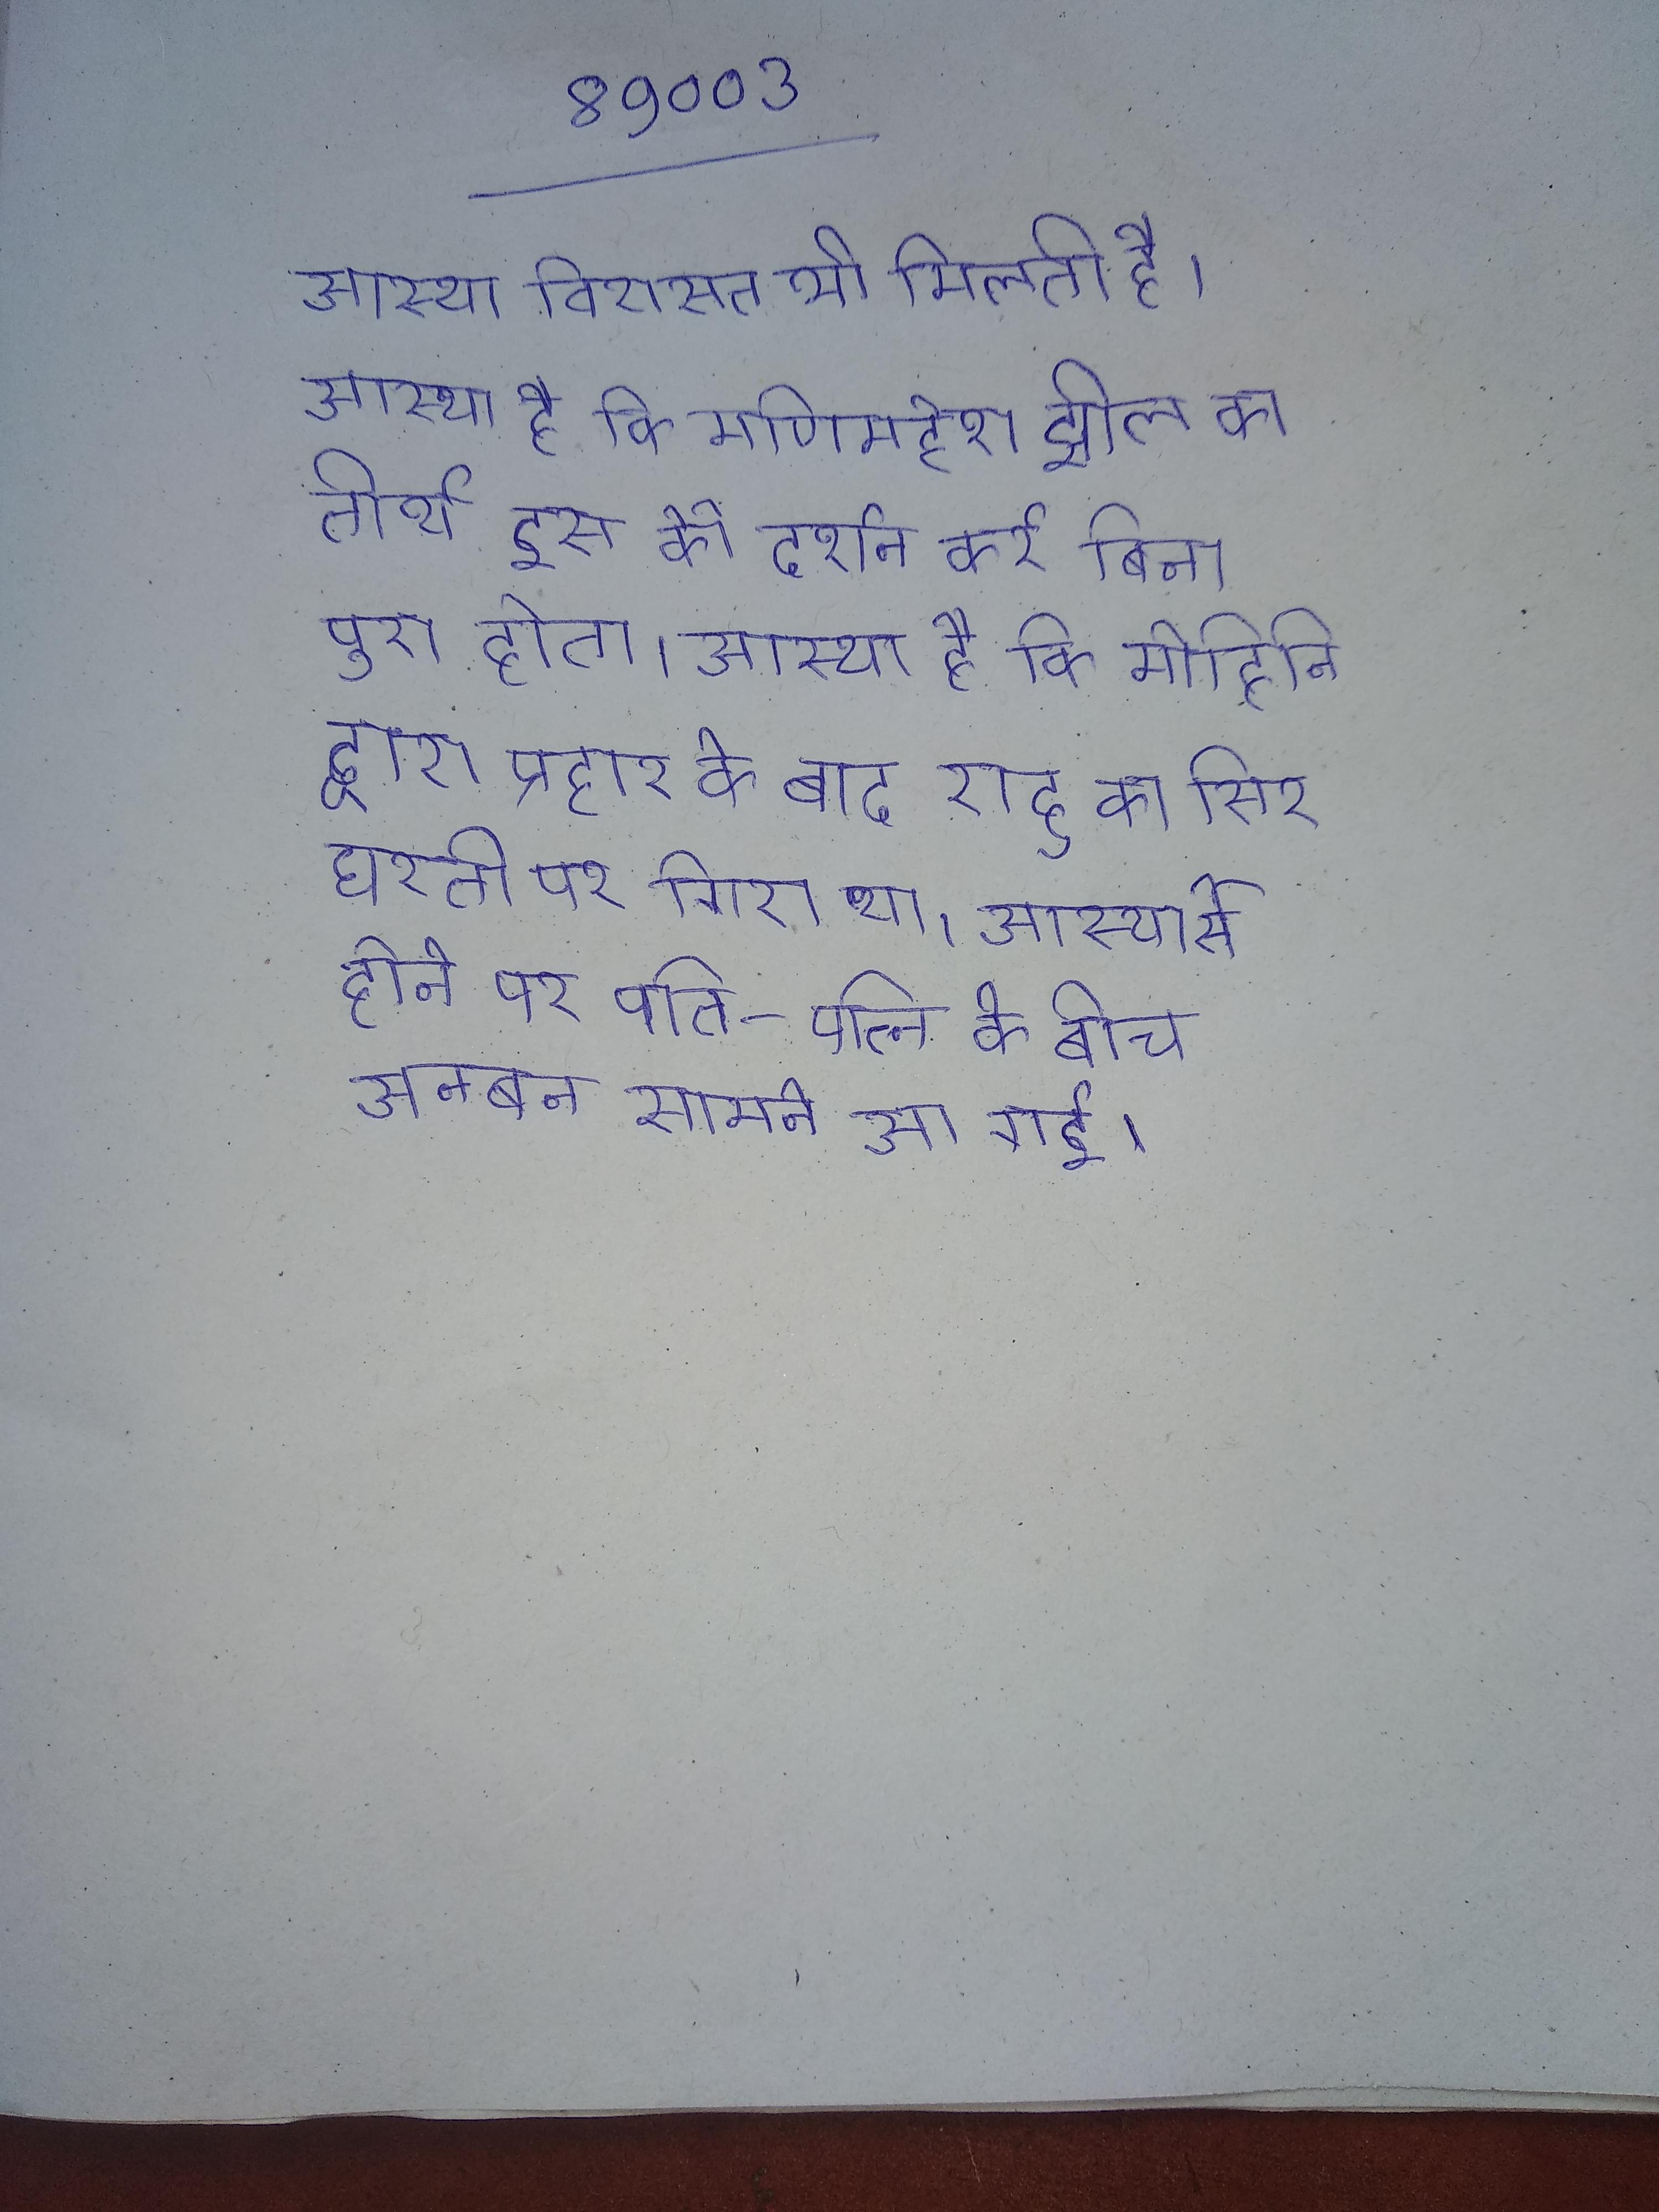
आस्था विरासत भी मिलती है । आस्था है कि मणिमहेश झील का तीर्थ इस के दर्शन करे बिना पूरा होता । आस्था है कि मोहिनि द्वारा प्रहार के बाद राहु का सिर धरती पर गिरा था । आस्या से होने पर पति-पत्नि के बीच अनबन सामने आ गई ।